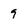
Character: 9